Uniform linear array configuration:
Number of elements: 24
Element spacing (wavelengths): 1
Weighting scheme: uniform
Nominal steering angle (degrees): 45
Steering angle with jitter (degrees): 44.274
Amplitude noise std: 0.05
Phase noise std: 0.05

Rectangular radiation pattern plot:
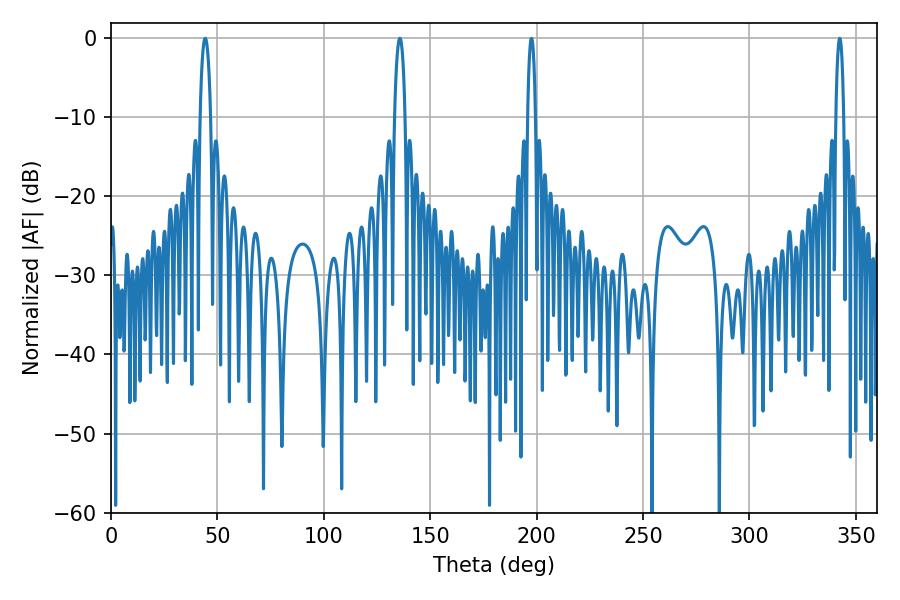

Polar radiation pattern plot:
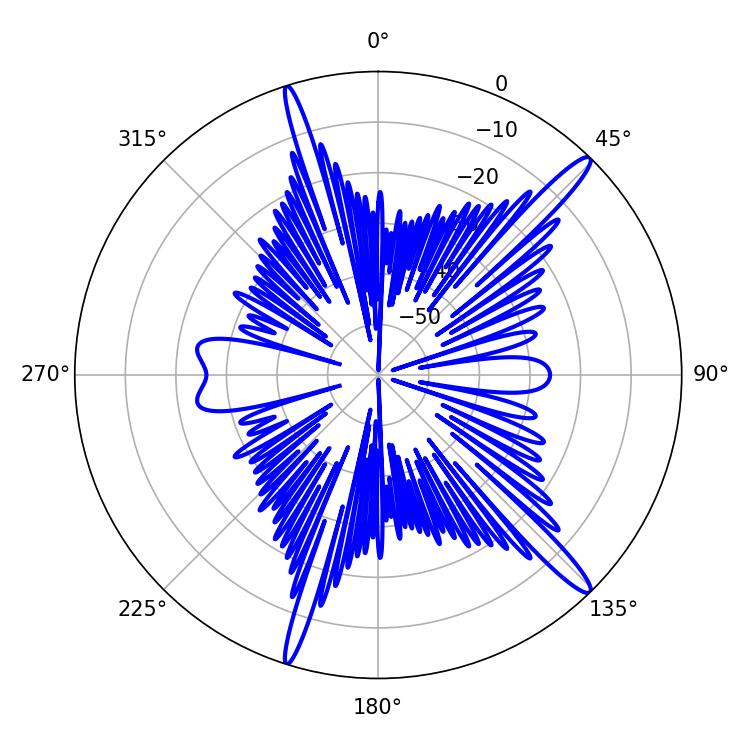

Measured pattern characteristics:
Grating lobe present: TRUE
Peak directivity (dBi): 15.756
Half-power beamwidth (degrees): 2.88
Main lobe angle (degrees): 44.28